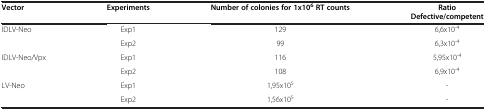
| Vector | Experiments | Number of colonies for 1x106RT counts | Ratio Defective/competent |
 | --- | --- | --- | --- |
 | IDLV-Neo | Exp1 | 129 | 6,6x10-4 |
 |  | Exp2 | 99 | 6,3x10-4 |
 | IDLV-Neo/Vpx | Exp1 | 116 | 5,95x10-4 |
 |  | Exp2 | 108 | 6,9x10-4 |
 | LV-Neo | Exp1 | 1,95x105 | - |
 |  | Exp2 | 1,56x105 | - |